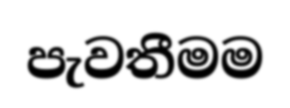
පැවතීමම